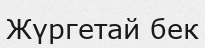
Жүргетай бек